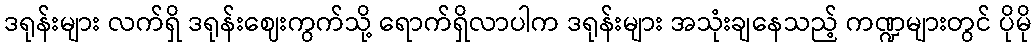
ဒရုန်းများ လက်ရှိ ဒရုန်းဈေးကွက်သို့ ရောက်ရှိလာပါက ဒရုန်းများ အသုံးချနေသည့် ကဏ္ဍများတွင် ပိုမို